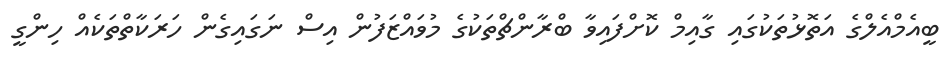
ބީއެމްއެލްގެ އަތޮޅުތަކުގައި ގާއިމް ކޮށްފައިވާ ބްރާންޗްތަކުގެ މުވައްޒަފުން އިސް ނަގައިގެން ހަރަކާތްތަކެއް ހިންގީ